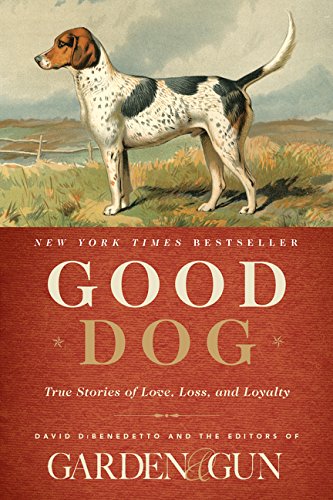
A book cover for Good Dog: True Stories of Love, Loss, and Loyalty; Editors of Garden and Gun; Literature & Fiction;